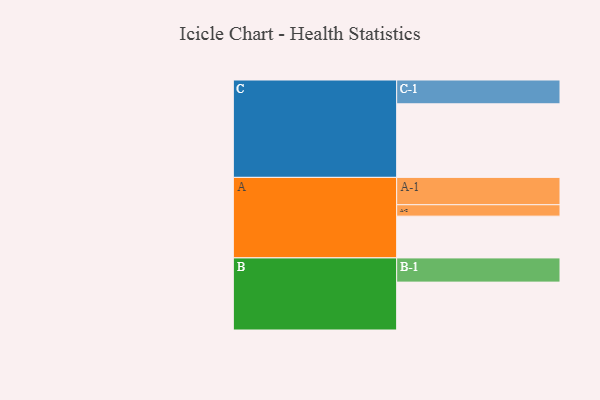
{"axis": {"x": "Segment", "y": "Value"}, "legend": ["", "A", "B", "C"], "data": [{"x": "A", "y": 307, "type": ""}, {"x": "B", "y": 352, "type": ""}, {"x": "C", "y": 541, "type": ""}, {"x": "A-1", "y": 201, "type": "A"}, {"x": "A-2", "y": 84, "type": "A"}, {"x": "B-1", "y": 178, "type": "B"}, {"x": "C-1", "y": 175, "type": "C"}]}